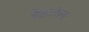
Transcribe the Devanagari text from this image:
रेहजेल